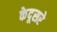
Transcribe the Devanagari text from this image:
केदूसरे